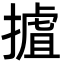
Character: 摣